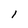
Character: 1